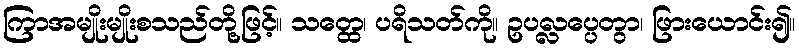
ကြာအမျိုးမျိုးစသည်တို့ဖြင့်။ သတ္ထေ၊ ပရိသတ်ကို။ ဥပလ္လပ္ပေတွာ၊ ဖြားယောင်း၍။